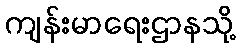
ကျန်းမာရေးဌာနသို့